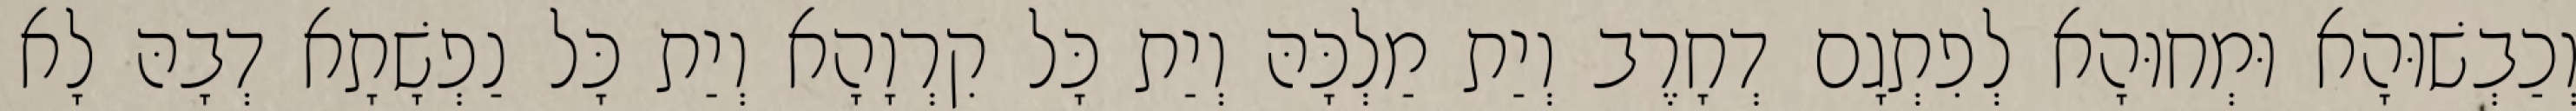
וְכַבְשׁוּהָא וּמְחוּהָא לְפִתְגָם דְחָרֶב וְיַת מַלְכָּהּ וְיַת כָּל קִרְוָהָא וְיַת כָּל נַפְשָׁתָא דְבָהּ לָא